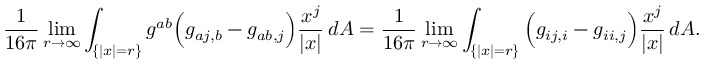
\frac { 1 } { 1 6 \pi } \operatorname* { l i m } _ { r \rightarrow \infty } \int _ { \{ | x | = r \} } g ^ { a b } \Big ( g _ { a j , b } - g _ { a b , j } \Big ) \frac { x ^ { j } } { | x | } \, d A = \frac { 1 } { 1 6 \pi } \operatorname* { l i m } _ { r \rightarrow \infty } \int _ { \{ | x | = r \} } \Big ( g _ { i j , i } - g _ { i i , j } \Big ) \frac { x ^ { j } } { | x | } \, d A .